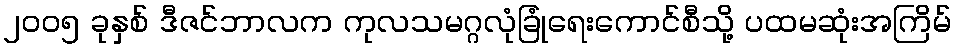
၂၀၀၅ ခုနှစ် ဒီဇင်ဘာလက ကုလသမဂ္ဂလုံခြုံရေးကောင်စီသို့ ပထမဆုံးအကြိမ်